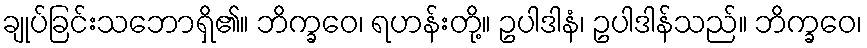
ချုပ်ခြင်းသဘောရှိ၏။ ဘိက္ခဝေ၊ ရဟန်းတို့။ ဥပါဒါနံ၊ ဥပါဒါန်သည်။ ဘိက္ခဝေ၊